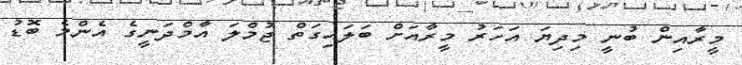
މީރާއިން ބުނީ މިދިޔަ އަހަރު މީރާއަށް ބަލައިގަތް ޖުމްލަ އާމްދަނީގެ އެންމެ ބޮޑު